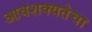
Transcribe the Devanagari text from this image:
आवशक्यतेचा